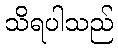
သိရပါသည်